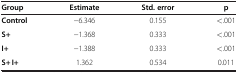
<table><thead><tr><td><b>Group</b></td><td><b>Estimate</b></td><td><b>Std. error</b></td><td><b>p</b></td></tr></thead><tbody><tr><td><b>Control</b></td><td>−6.346</td><td>0.155</td><td>&lt;.001</td></tr><tr><td><b>S+</b></td><td>−1.368</td><td>0.333</td><td>&lt;.001</td></tr><tr><td><b>I+</b></td><td>−1.388</td><td>0.333</td><td>&lt;.001</td></tr><tr><td><b>S+ I+</b></td><td>1.362</td><td>0.534</td><td>0.011</td></tr></tbody></table>